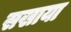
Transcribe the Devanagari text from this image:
सखाया